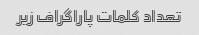
تعداد کلمات پاراگراف زیر